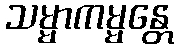
သမ္မာကမ္မန္တေ